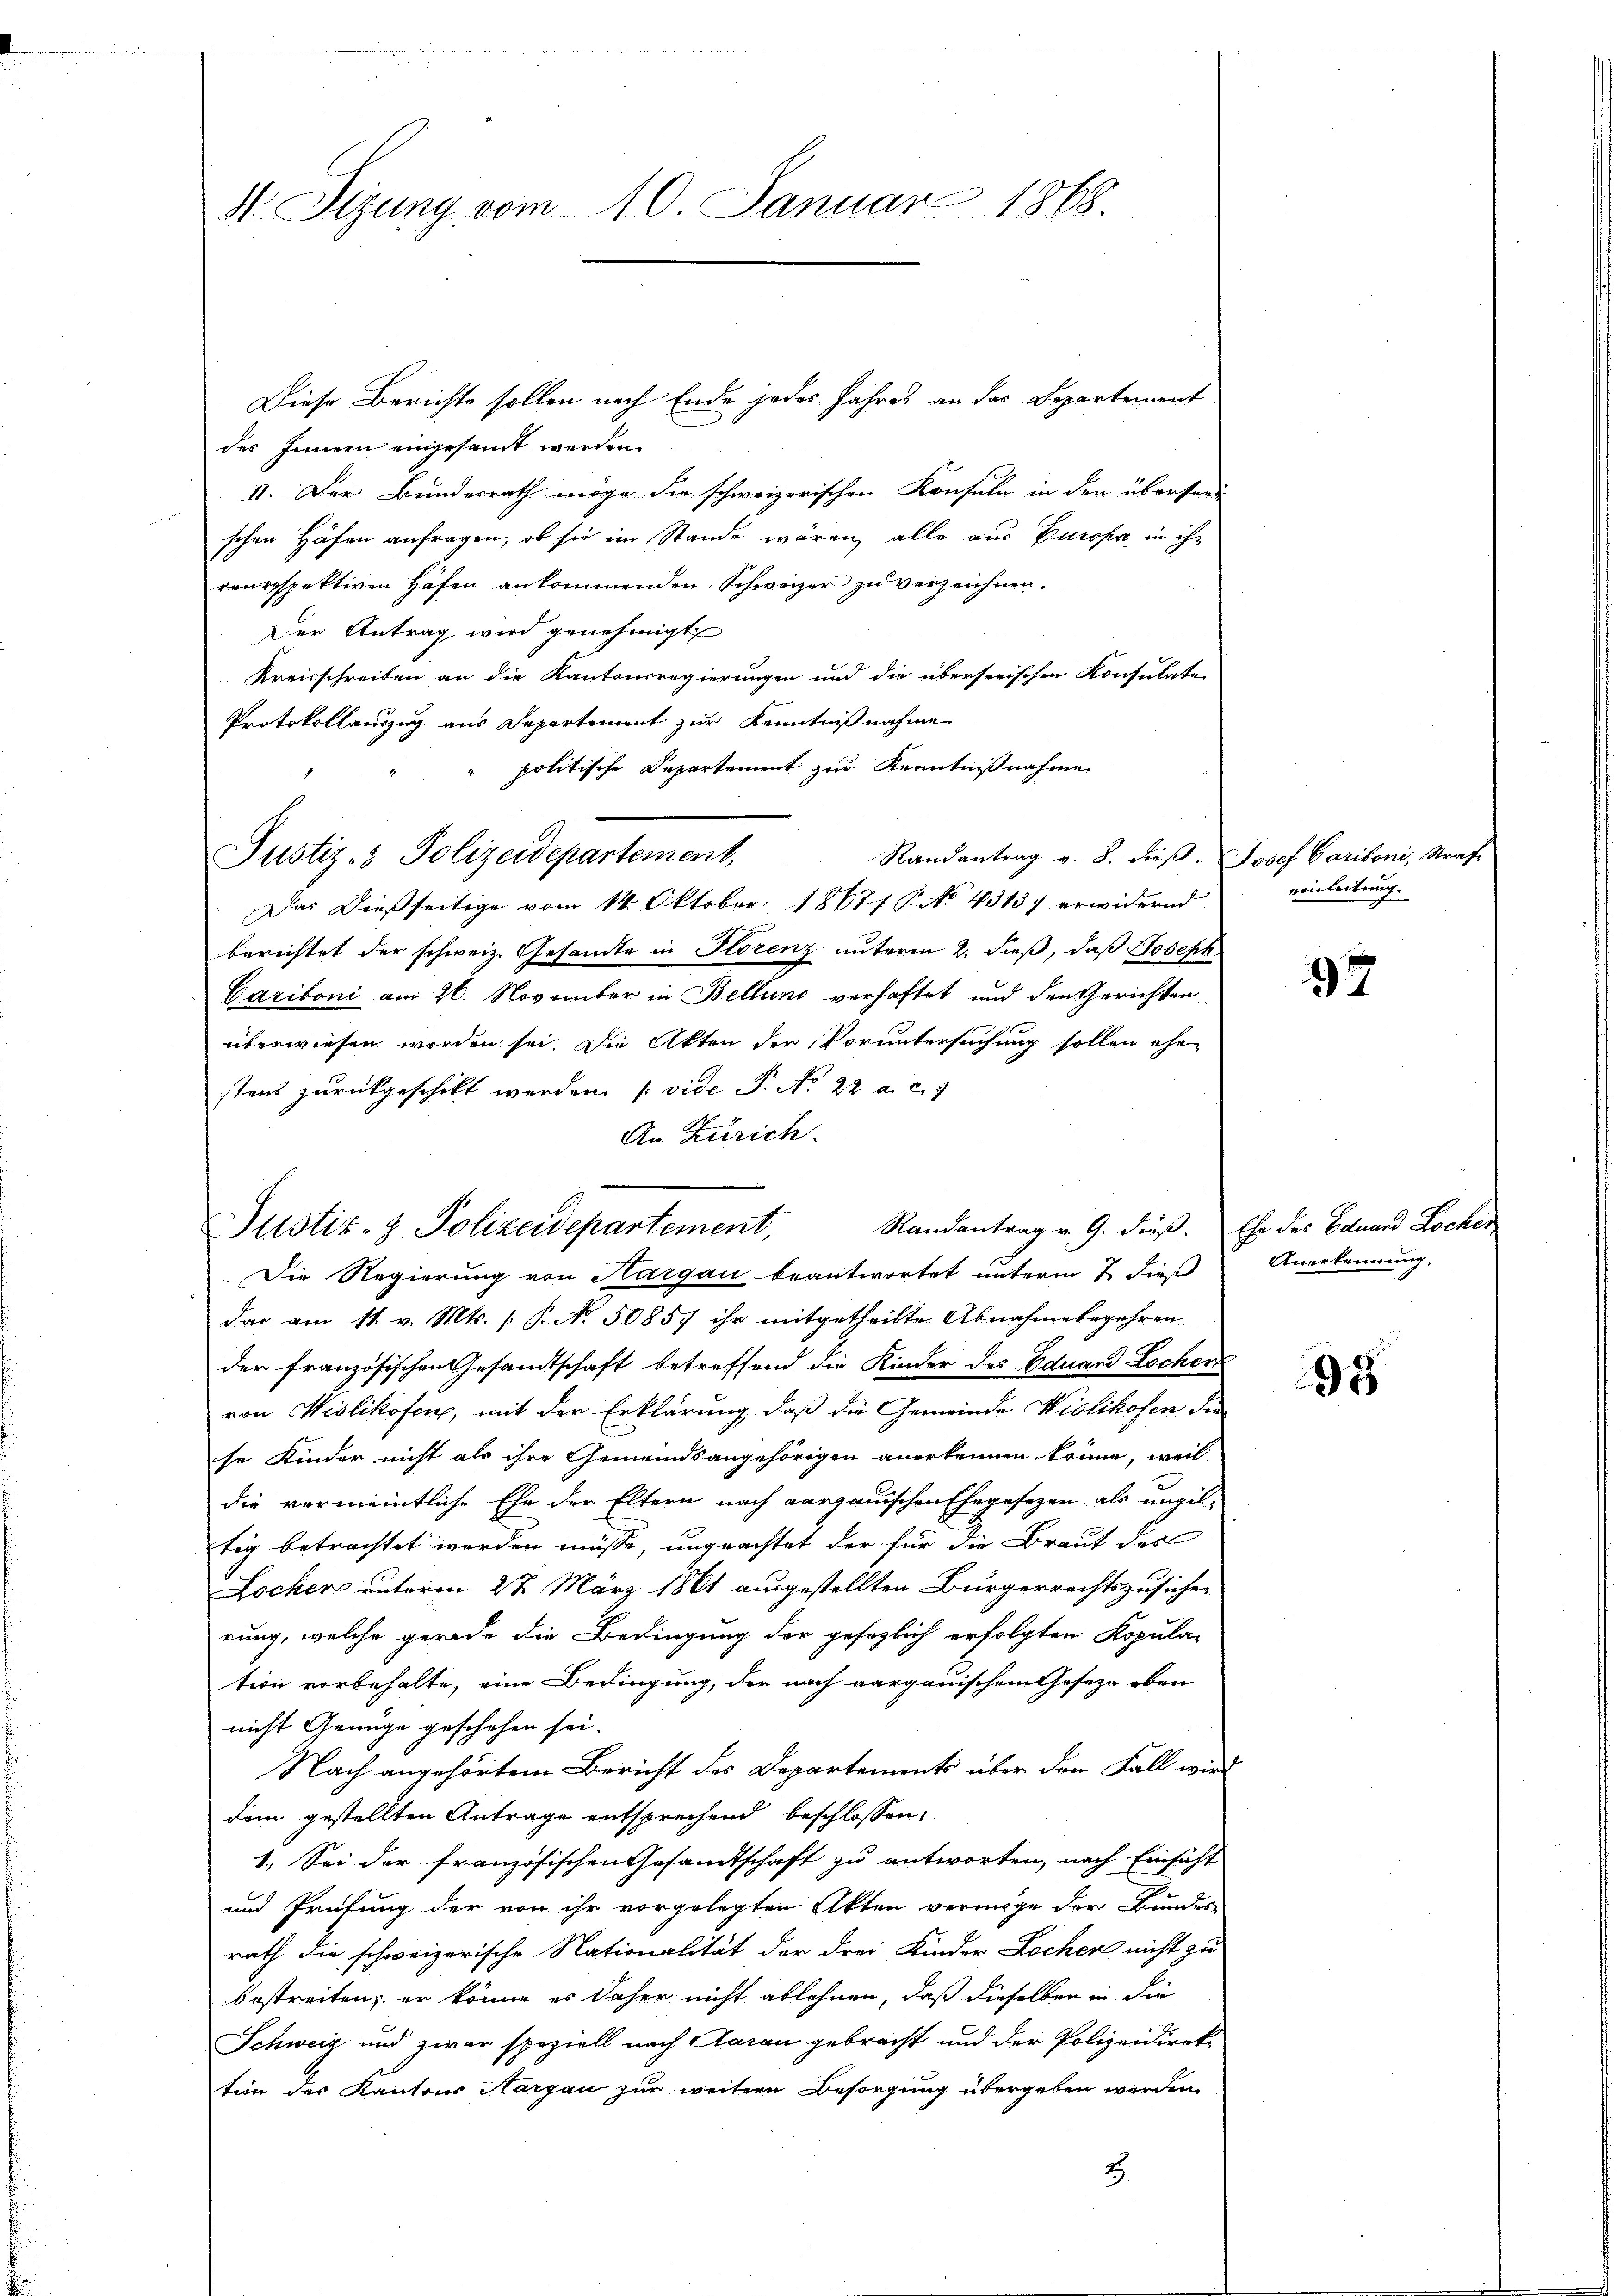
dt. Sizung vom 10. Januar 1868.

Diese Berichte sollen nach Ende jedes Jahres an das Departement
des Innern eingesandt werden.
II. Der Bundesrath möge die schweizerischen Konsuln in den übersand
schen Höfen anfragen, ob sie im Stande wären, alle aus Puropa in ihr
reursspektiven Häfen ankommenden Schweizer zu verzeichnen.
Der Antrag wird genehmigt
Kreisschreiben an die Kantonsregierungen und die überserischen Konsulate
Protokollauszug aus Departement zur Kenntnißnahme
politische Departement zur Kenntnißnahme
Randantrag v. 8. dieβ. Josef Caritoni, Straf
Das dießseitige vom 14. Oktober 18677 P. No. 4313) erwidernd
berichtet der schweiz. Gesandte in Florenz unterm 2. dieß, daß Joseph
Caritoni am 26. November in Bellung verhaftet und den Gerichten
überwiesen worden sei. Die Akten der Voruntersuchung sollen ehe
stens zurückgeschikt werden. (vide P. Nr. 22 a. c. 1
An Zürich.
Randantrag v. 9. dieß. Ehe des Eduard Locher
Die Regierung von Aargau beantwortet unterm 7. dieß
das am 11. v. Mts. (: P. No. 5085) ihr mitgetheilte Abnahmebegehren
der französischen Gesandtschaft betreffend die Kinder des Eduard Lochen
von Wislikofen, mit der Erklärung, daß die Gemeinde Wislikofen die
se Kinder nicht als ihre Gemeindsangehörigen anerkennen könne, weil
die vermeintliche Ehe der Eltern nach aargauischen Ehegesezen als ungel-
tig betrachtet werden müsse, ungeachtet der für die Braut das
Locher unterm 27. März 1861 ausgestellten Bürgerrechtszusichen
rung, welche gerade die Bedingung der gesezlich erfolgten Kopula-
tion vorbehalte, eine Bedingung, der nach aargauischem Gesetze oben
nicht Genüge geschehen sei.
Nach angehörtem Bericht des Departements über den Fall wird
dem gestellten Antrage entsprechend beschlossen,
1. Sei der französischen Gesandtschaft zu antworten, nach Einsicht
und Prüfung der von ihr vorgelegten Akten vermöge der Bundes-
rath die schweizerische Nationalität der drei Kinder Locher nicht zu
bestreiten; er könne es daher nicht ablehnen, daß dieselben in die
Schweiz und zwar speziell nach Aarau gebracht und der Polizeidirektion des Kantons Nargau zur weitern Besorgung übergeben werden,
2

Justiz- & Polizeidepartement,

Justiz- z. Polizeidepartement,

einleitung

97

Anerkennung.

25